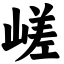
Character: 嵯